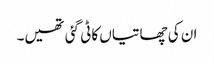
ان کی چھاتیاں کاٹی گئی تھیں۔